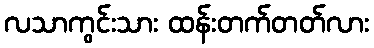
လသာကွင်းသား ထန်းတက်တတ်လား